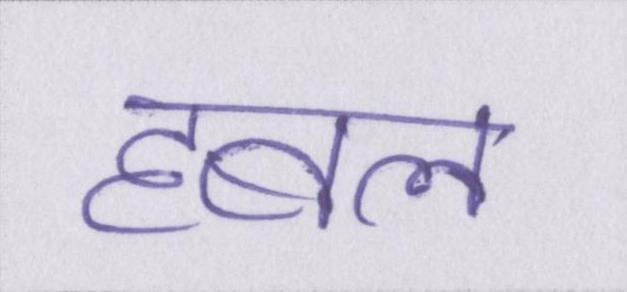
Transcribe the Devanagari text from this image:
हबल